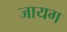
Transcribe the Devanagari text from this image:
जायग